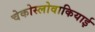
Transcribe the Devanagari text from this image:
चेकोस्लोवाकियाई